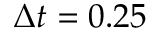
\Delta t = 0 . 2 5